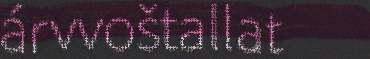
árvvoštallat